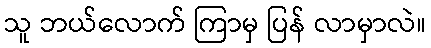
သူ ဘယ်လောက် ကြာမှ ပြန် လာမှာလဲ။